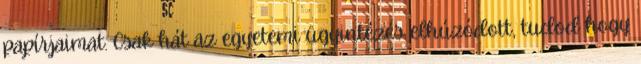
papírjaimat. Csak hát az egyetemi ügyintézés elhúzódott, tudod hogy